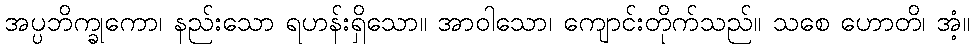
အပ္ပဘိက္ခုကော၊ နည်းသော ရဟန်းရှိသော။ အာဝါသော၊ ကျောင်းတိုက်သည်။ သစေ ဟောတိ၊ အံ့။